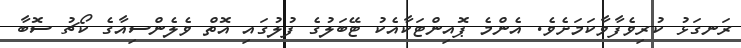
ރަނގަޅު ކުރިވެފާވާކަމަށެވެ. އެންމެ ޕޮއިންޓަކާއެކު ޓޭބަލުގެ ފުލުގައި އޮތް ވެލެންސިއާގެ ކޯޗު ސޮބާ